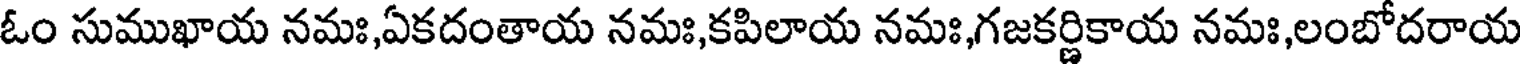
ఓం సుముఖాయ నమః,ఏకదంతాయ నమః,కపిలాయ నమః,గజకర్ణికాయ నమః,లంబోదరాయ